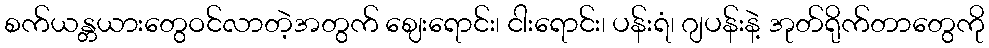
စက်ယန္တယားတွေဝင်လာတဲ့အတွက် ဈေးရောင်း၊ ငါးရောင်း၊ ပန်းရံ၊ ဂျပန်းနဲ့ အုတ်ရိုက်တာတွေကို